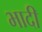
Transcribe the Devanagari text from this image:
भादी